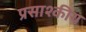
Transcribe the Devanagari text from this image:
प्रसाश्कीय